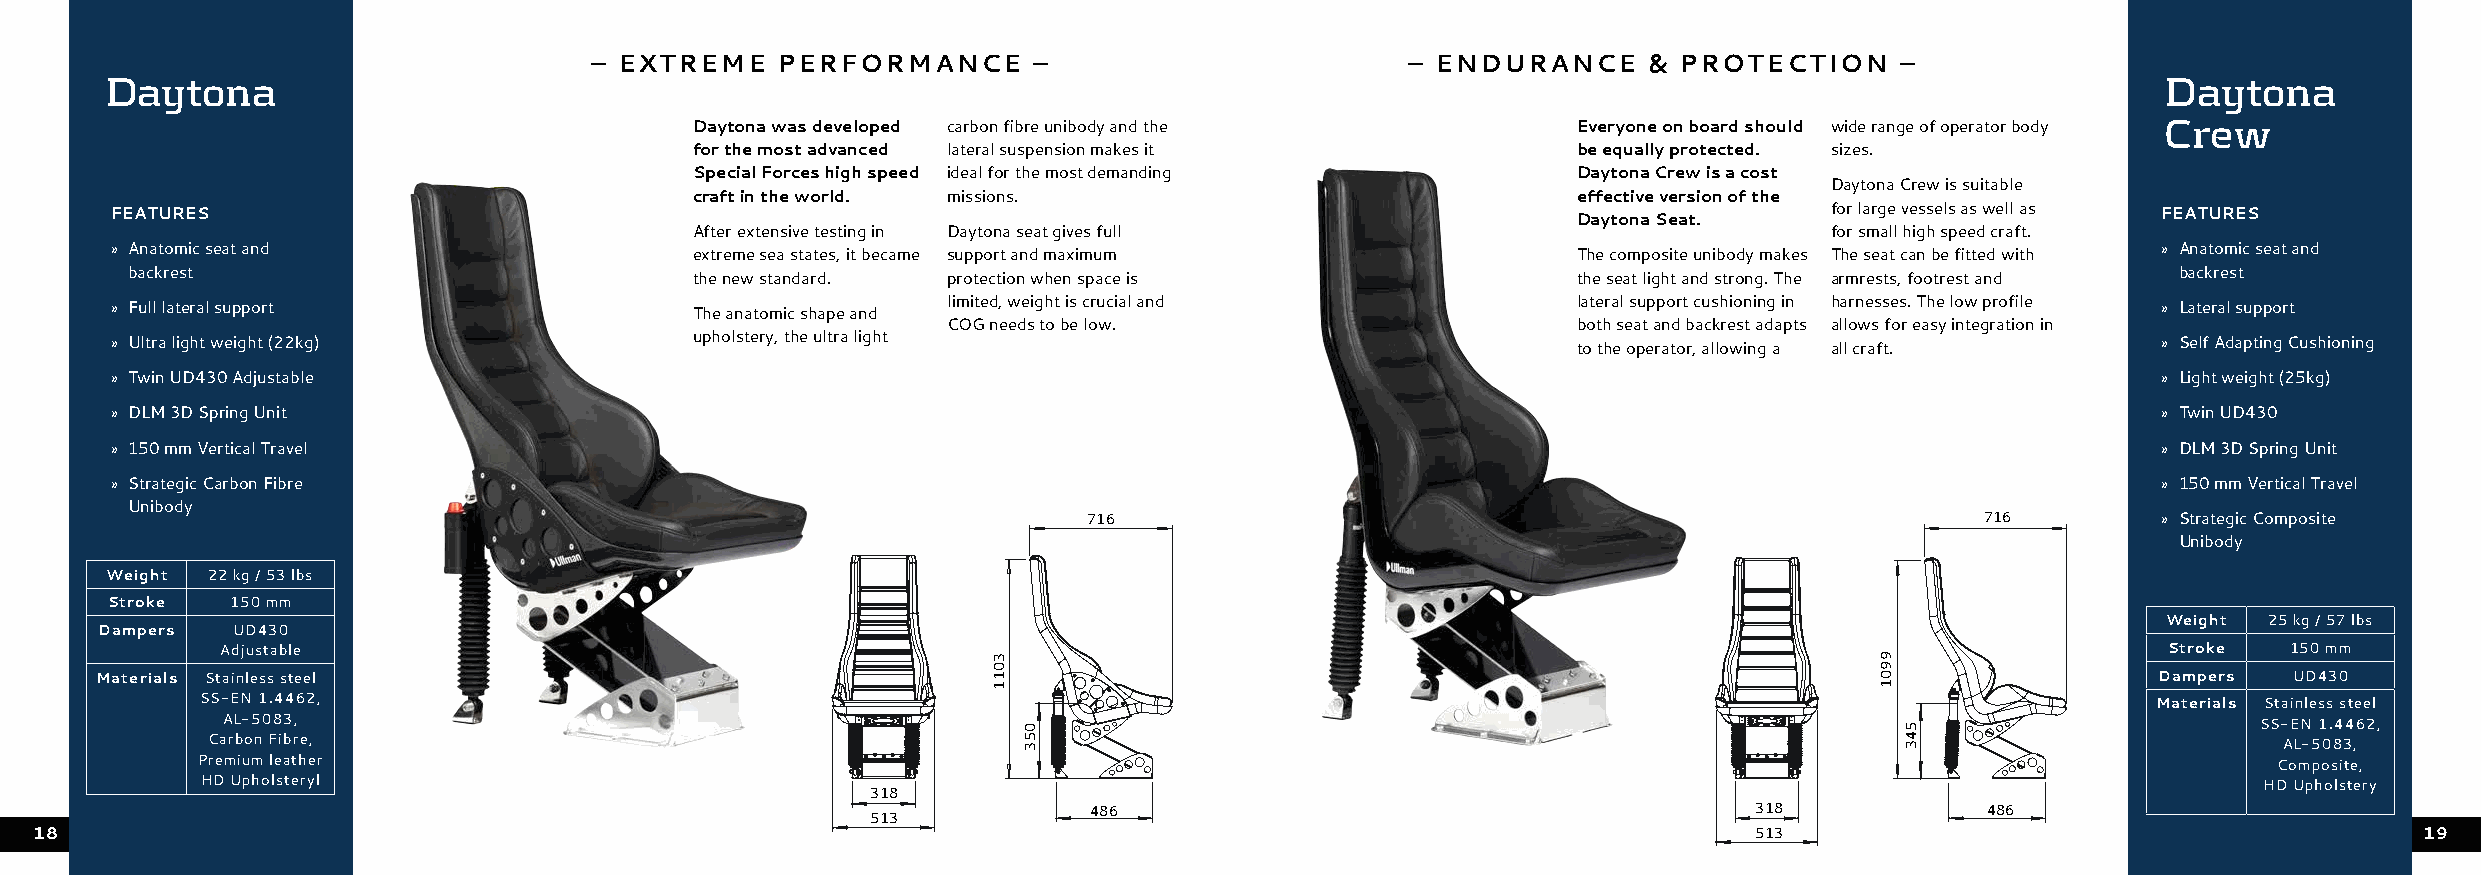
– EXTREME   PERFORMANCE      –                        – ENDURANCE     & PROTECTION     –
 Daytona                                                                                                                                 Daytona
 Daytona was developed carbon fibre unibody and the        Everyone on board should wide range of operator body Crew
 for the most advanced lateral suspension makes it         be equally protected. sizes.
 Special Forces high speed ideal for the most demanding    Daytona Crew is a cost
 Daytona Crew is suitable
 craft in the world. missions.                             effective version of the
 FEATURES                                                                                         Daytona Seat.    for large vessels as well as FEATURES
 After extensive testing in Daytona seat gives full                         for small high speed craft.
 » Anatomic seat and                    extreme sea states, it became support and maximum         The composite unibody makes The seat can be fitted with » Anatomic seat and
 backrest                             the new standard. protection when space is                the seat light and strong. The armrests, footrest and backrest
 » Full lateral support                 The anatomic shape and limited, weight is crucial and     lateral support cushioning in harnesses. The low profile » Lateral support
 COG needs to be low.                     both seat and backrest adapts allows for easy integration in
 » Ultra light weight (22kg)            upholstery, the ultra light                               to the operator, allowing a all craft. » Self Adapting Cushioning
 » Twin UD430 Adjustable                                                                                                                 » Light weight (25kg)
 » DLM 3D Spring Unit                                                                                                                    » Twin UD430
 » 150 mm Vertical Travel                                                                                                                » DLM 3D Spring Unit
 » Strategic Carbon Fibre                                                                                                                » 150 mm Vertical Travel
 Unibody
 716                                                        716         » Strategic Composite
 Unibody
 Weight 22 kg / 53 lbs
 Stroke  150 mm
 Weight 25 kg / 57 lbs
 Dampers UD430
 Adjustable                                                                                                                      Stroke   150 mm
 Materials Stainless steel                                                                                                                Dampers  UD430
 SS-EN 1.4462,                                                                                                                     Materials Stainless steel
 AL-5083,                                                                                                                               SS-EN 1.4462,
 Carbon Fibre,                                                                                                                            AL-5083,
 Premium leather                                                                                                                           Composite,
 HD Upholsteryl                                                                                                                           HD Upholstery
 318
 486                                         318             486
 513
 18                                                                                                                513                                         19
 3011
 053
 9901
 543